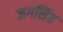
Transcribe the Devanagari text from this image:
जगसिंह